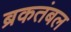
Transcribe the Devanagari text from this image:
ब्रकतंबल